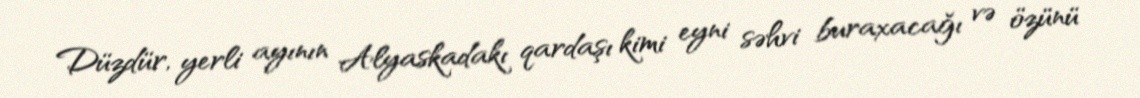
Düzdür, yerli ayının Alyaskadakı qardaşı kimi eyni səhvi buraxacağı və özünü